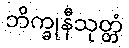
ဘိက္ခုနီသုတ္တံ